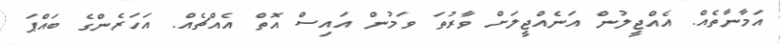
އަމާނާތެއް. އެއްޖީލުން އަނެއްޖީލަށް ވާރުތަ ވަމުން އައިސް އޮތް އެއްޗެއް. އަހަރެންގެ ބައްޕަ